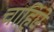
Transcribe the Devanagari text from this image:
चाहिऐ